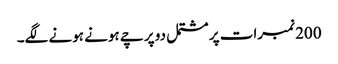
200 نمبرات پر مشتمل دو پرچے ہونے ہونے لگے۔